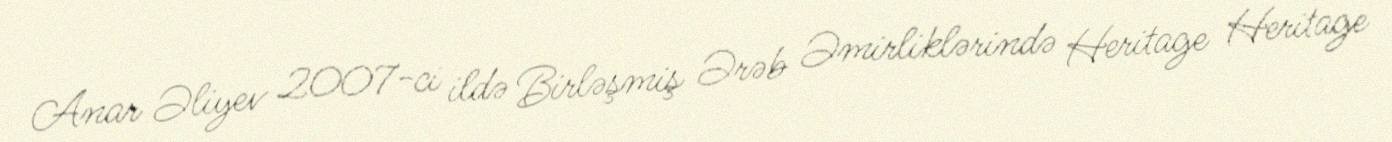
Anar Əliyev 2007-ci ildə Birləşmiş Ərəb Əmirliklərində Heritage Heritage